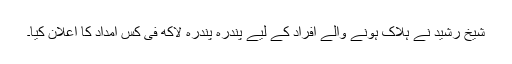
شیخ رشید نے ہلاک ہونے والے افراد کے لیے پندرہ پندرہ لاکھ فی کس امداد کا اعلان کیا۔